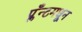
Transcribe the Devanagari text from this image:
प्लँन्टमधून